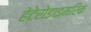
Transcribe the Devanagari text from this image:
हेटेरोडाइमरिक